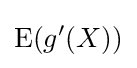
\operatorname {E} (g'(X))